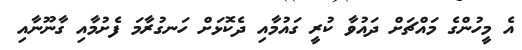
އެ މީހުންގެ މައްޗަށް ދައުވާ ކުރީ ގައުމާއި ދެކޮޅަށް ހަނގުރާމަ ފެށުމާއި ގާނޫނާއި